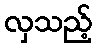
လှသည့်